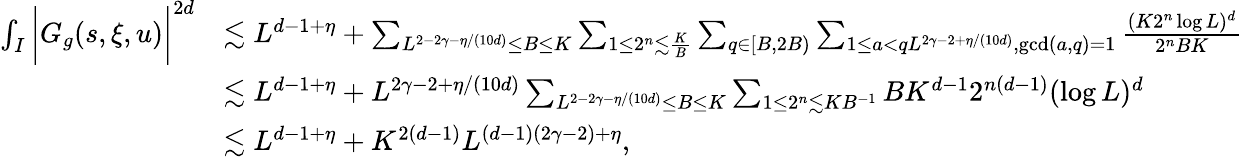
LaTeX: \begin{array}{rl}{\int_{I}\bigg|G_{g}(s,\xi,u)\bigg|^{2d}}&{\lesssim L^{d-1+\eta}+\sum_{L^{2-2\gamma-\eta/(10d)}\leq B\leq K}\sum_{1\leq 2^{n}\lesssim\frac{K}{B}}\sum_{q\in[B,2B)}\sum_{1\leq a<qL^{2\gamma-2+\eta/(10d)},\operatorname*{gcd}(a,q)=1}\frac{(K2^{n}\log L)^{d}}{2^{n}BK}}\\ &{\lesssim L^{d-1+\eta}+L^{2\gamma-2+\eta/(10d)}\sum_{L^{2-2\gamma-\eta/(10d)}\leq B\leq K}\sum_{1\leq 2^{n}\lesssim KB^{-1}}BK^{d-1}2^{n(d-1)}(\log L)^{d}}\\ &{\lesssim L^{d-1+\eta}+K^{2(d-1)}L^{(d-1)(2\gamma-2)+\eta},}\end{array}